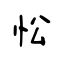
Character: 忪